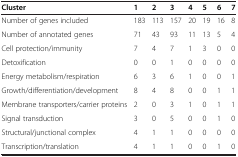
<table><thead><tr><td><b>Cluster</b></td><td><b>1</b></td><td><b>2</b></td><td><b>3</b></td><td><b>4</b></td><td><b>5</b></td><td><b>6</b></td><td><b>7</b></td></tr></thead><tbody><tr><td>Number of genes included</td><td>183</td><td>113</td><td>157</td><td>20</td><td>19</td><td>16</td><td>8</td></tr><tr><td>Number of annotated genes</td><td>71</td><td>43</td><td>93</td><td>11</td><td>13</td><td>5</td><td>4</td></tr><tr><td>Cell protection/immunity</td><td>7</td><td>4</td><td>7</td><td>1</td><td>3</td><td>0</td><td>0</td></tr><tr><td>Detoxification</td><td>0</td><td>0</td><td>1</td><td>0</td><td>0</td><td>0</td><td>0</td></tr><tr><td>Energy metabolism/respiration</td><td>6</td><td>3</td><td>6</td><td>1</td><td>0</td><td>0</td><td>1</td></tr><tr><td>Growth/differentiation/development</td><td>8</td><td>4</td><td>8</td><td>0</td><td>0</td><td>1</td><td>1</td></tr><tr><td>Membrane transporters/carrier proteins</td><td>2</td><td>0</td><td>3</td><td>1</td><td>0</td><td>1</td><td>1</td></tr><tr><td>Signal transduction</td><td>3</td><td>0</td><td>5</td><td>0</td><td>0</td><td>1</td><td>0</td></tr><tr><td>Structural/junctional complex</td><td>4</td><td>1</td><td>1</td><td>0</td><td>0</td><td>0</td><td>0</td></tr><tr><td>Transcription/translation</td><td>4</td><td>1</td><td>1</td><td>0</td><td>0</td><td>1</td><td>0</td></tr></tbody></table>